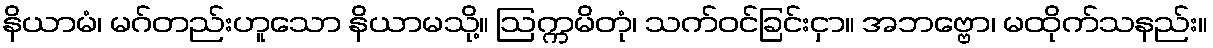
နိယာမံ၊ မဂ်တည်းဟူသော နိယာမသို့။ ဩက္ကမိတုံ၊ သက်ဝင်ခြင်းငှာ။ အဘဗ္ဗော၊ မထိုက်သနည်း။